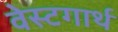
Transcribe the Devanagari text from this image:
वेस्टगार्थ